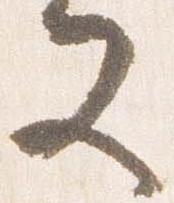
又